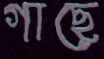
গাছে